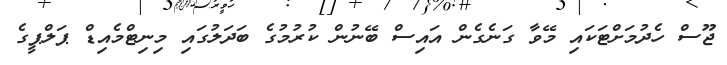
ޖޫސް ހެދުމަށްޓަކައި މޭވާ ގަނެގެން އައިސް ބޭނުން ކުރުމުގެ ބަދަލުގައި މިނިޓްމެއިޑް ޕަލްޕީގެ